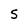
Character: S